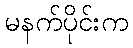
မနက်ပိုင်းက